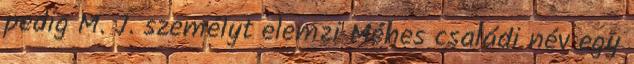
pedig M. J. személyt elemzi Méhes családi név egy